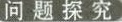
问题探究